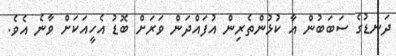
ދަނޑުގެ ސަބަބުން އާ ކުޅުންތެރިން އުފައްދަން ވަރަށް ބޮޑު އެހީއަކަށް ވާނެ އެވެ.